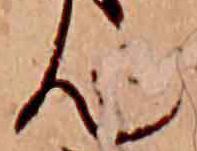
ん